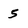
Character: 5